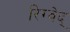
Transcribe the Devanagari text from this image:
रिग्वेद्